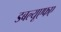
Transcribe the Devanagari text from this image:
डबल्यूएफए